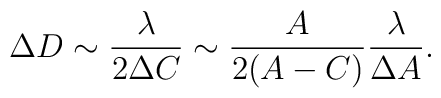
\Delta D \sim \frac{\lambda}{2\Delta C} \sim \frac{A}{2(A-C)}\frac{\lambda}{\Delta A}    .